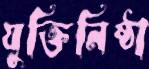
যুক্তিনিষ্ঠা